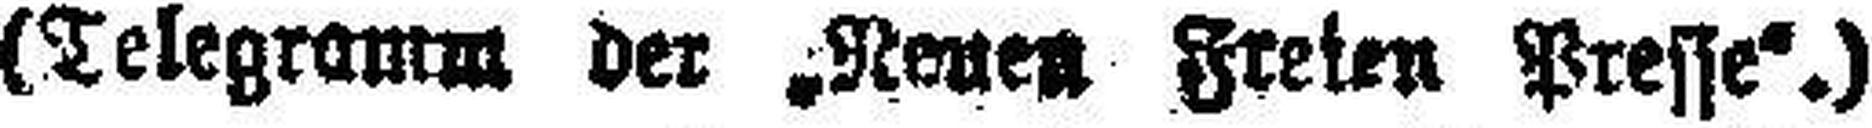
(Telegramm der „Neuen Freien Presse“.)